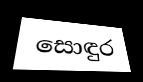
සොඳුර